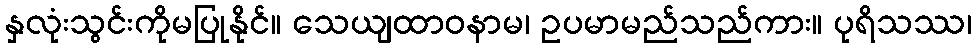
နှလုံးသွင်းကိုမပြုနိုင်။ သေယျထာဝနာမ၊ ဥပမာမည်သည်ကား။ ပုရိသဿ၊